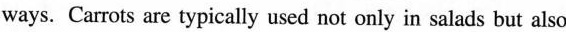
ways. Carrots are typically used not only in salads but also